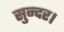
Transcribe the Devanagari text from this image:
सुन्दर।